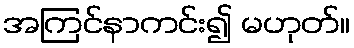
အကြင်နာကင်း၍ မဟုတ်။